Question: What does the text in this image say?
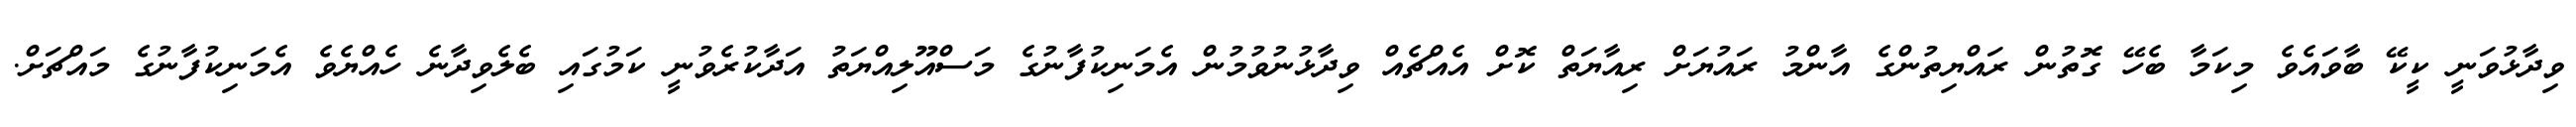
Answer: ވިދާޅުވަނީ ކީކޭ ބާވައެވެ މިކަމާ ބެހޭ ގޮތުން ރައްޔިތުންގެ އާންމު ރައުޔަށް ރިއާޔަތް ކޮށް އެއްޗެއް ވިދާޅުނުވުމުން އެމަނިކުފާނުގެ މަސްއޫލިއްޔަތު އަދާކުރެވުނީ ކަމުގައި ބެލެވިދާނެ ހެއްޔެވެ އެމަނިކުފާނުގެ މައްޗަށް.